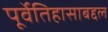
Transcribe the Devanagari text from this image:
पूर्वेतिहासाबद्दल